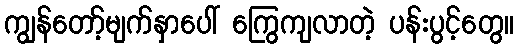
ကျွန်တော့်မျက်နှာပေါ် ကြွေကျလာတဲ့ ပန်းပွင့်တွေ။